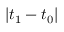
| t _ { 1 } - t _ { 0 } |